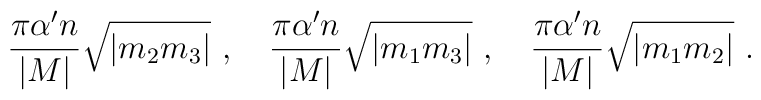
\frac{\pi \alpha' n}{|M|} \sqrt{|m_2 m_3|}\ ,\quad\frac{\pi \alpha' n}{|M|} \sqrt{|m_1 m_3|}\ ,\quad\frac{\pi \alpha' n}{|M|} \sqrt{|m_1 m_2|}\ .